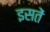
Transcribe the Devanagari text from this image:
इसतें